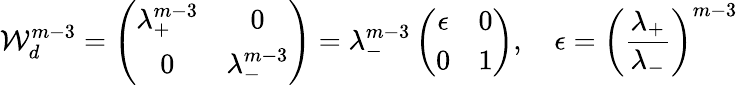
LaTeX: {\mathcal W}_{d}^{m-3}=\left(\begin{array}{cc}{\lambda_{+}^{m-3}}&{0}\\ {0}&{\lambda_{-}^{m-3}}\end{array}\right)=\lambda_{-}^{m-3}\left(\begin{array}{cc}{\epsilon}&{0}\\ {0}&{1}\end{array}\right),\quad\epsilon=\left(\frac{\lambda_{+}}{\lambda_{-}}\right)^{m-3}